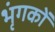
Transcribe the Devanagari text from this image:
भृंगकों